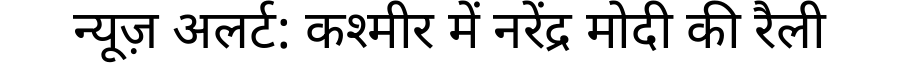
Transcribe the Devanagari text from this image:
न्यूज़ अलर्ट: कश्मीर में नरेंद्र मोदी की रैली